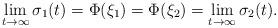
LaTeX: \begin{align*} \lim_{t \rightarrow \infty} \sigma_1(t) = \Phi(\xi_1) = \Phi(\xi_2)= \lim_{t \rightarrow \infty} \sigma_2(t). \end{align*}